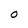
Character: O